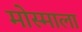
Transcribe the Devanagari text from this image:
मोस्माला